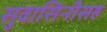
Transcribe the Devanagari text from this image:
सुवासिनीसह